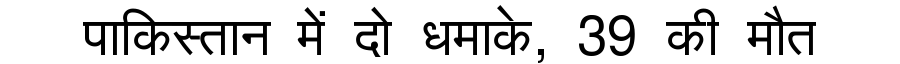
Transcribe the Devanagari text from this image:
पाकिस्तान में दो धमाके, 39 की मौत